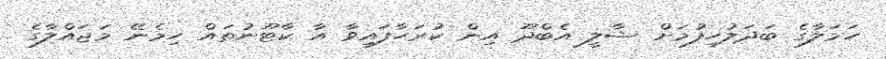
ހަމަލާގެ ބަދަލުހިފުމަށް ޝާލީ އެބްދޫ އިން ކުރަހާފައިވާ އާ ކާޓޫނުތައް ހިމެނޭ މަޖައްލާގެ